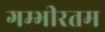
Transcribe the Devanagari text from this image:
गम्भीरतम